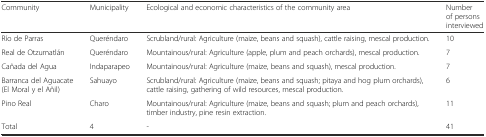
| Community | Municipality | Ecological and economic characteristics of the community area | Number of persons interviewed |
 | --- | --- | --- | --- |
 | Río de Parras | Queréndaro | Scrubland/rural: Agriculture (maize, beans and squash), cattle raising, mescal production. | 10 |
 | Real de Otzumatlán | Queréndaro | Mountainous/rural: Agriculture (apple, plum and peach orchards), mescal production. | 7 |
 | Cañada del Agua | Indaparapeo | Mountainous/rural: Agriculture (maize, beans and squash), mescal production. | 7 |
 | Barranca del Aguacate (El Moral y el Añil) | Sahuayo | Scrubland/rural: Agriculture (maize, beans and squash; pitaya and hog plum orchards), cattle raising, gathering of wild resources, mescal production. | 6 |
 | Pino Real | Charo | Mountainous/rural: Agriculture (maize, beans and squash; plum and peach orchards), timber industry, pine resin extraction. | 11 |
 | Total | 4 | - | 41 |